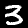
Label: 3